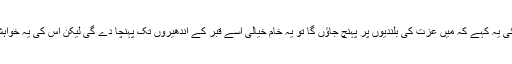
اس دین سے ہٹ کر اگر کوئی یہ کہے کہ میں عزت کی بلندیوں پر پہنچ جاؤں گا تو یہ خام خیالی اسے قبر کے اندھیروں تک پہنچا دے گی لیکن اس کی یہ خواہش ادھوری ہی رہ جائے گی۔